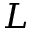
L